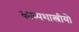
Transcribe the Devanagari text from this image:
काव्यशास्त्रीयो